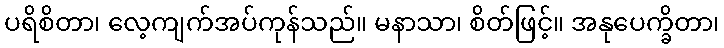
ပရိစိတာ၊ လေ့ကျက်အပ်ကုန်သည်။ မနာသာ၊ စိတ်ဖြင့်။ အနုပေက္ခိတာ၊